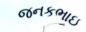
જનકભાઇ